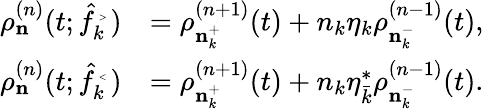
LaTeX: \begin{array}{rl}{\rho_{\mathbf n}^{(n)}(t;\hat{f}_{k}^{\mathrm{\tiny~>~}})}&{=\rho_{{\mathbf n}_{k}^{+}}^{(n+1)}(t)+n_{k}\eta_{k}\rho_{{\mathbf n}_{k}^{-}}^{(n-1)}(t),}\\ {\rho_{\mathbf n}^{(n)}(t;\hat{f}_{k}^{\mathrm{\tiny~<~}})}&{=\rho_{{\mathbf n}_{k}^{+}}^{(n+1)}(t)+n_{k}\eta_{\bar{k}}^{\ast}\rho_{{\mathbf n}_{k}^{-}}^{(n-1)}(t).}\end{array}